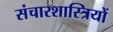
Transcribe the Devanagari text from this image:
संचारशास्त्रियों